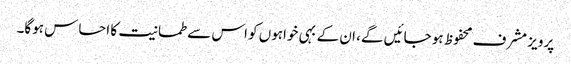
پرویز مشرف محفوظ ہو جائیں گے، ان کے بہی خواہوں کو اس سے طمانیت کا احساس ہوگا۔